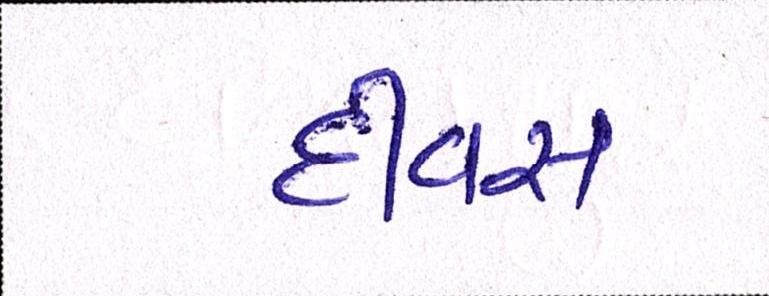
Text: દીવસ